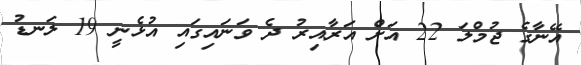
އޭނާގެ ޖުމްލަ 22 އަށް އަރާއިރު ދެ ވަނައިގައި އުޅެނީ 19 ލަނޑު